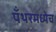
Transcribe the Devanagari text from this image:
पँथरमध्येच